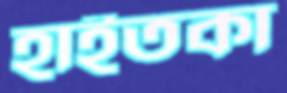
হাইতকা